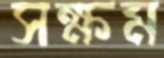
সক্ষম